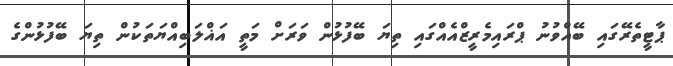
ޕާޓީތެރޭގައި ބޭއްވުނު ޕްރައިމެރީޒްއެއްގައި ތިޔަ ބޭފުޅުން ވަރަށް މަތީ އަޣްލަބިއްޔަތަކުން ތިޔަ ބޭފުޅުންގެ